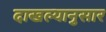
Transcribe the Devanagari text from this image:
दाखल्यानुसार